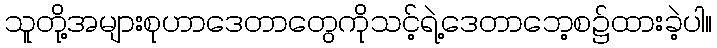
သူတို့အများစုဟာဒေတာတွေကိုသင့်ရဲ့ဒေတာဘေ့စ၌ထားခဲ့ပါ။